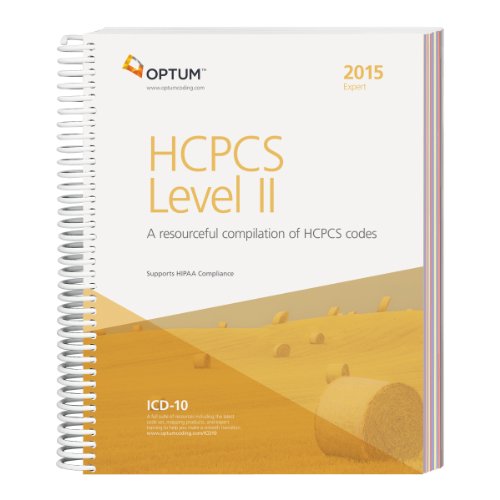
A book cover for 2015 HCPCS Level II Expert (Spiral); Optum360; Medical Books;